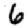
Digit: 6